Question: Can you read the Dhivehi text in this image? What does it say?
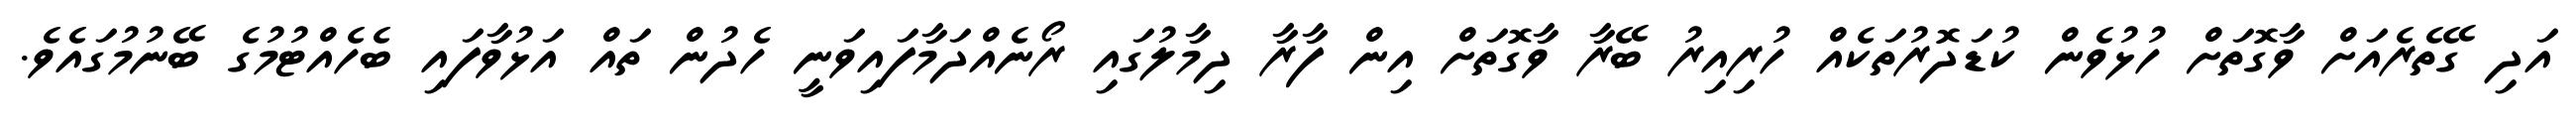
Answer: އަދި ގޭތެރެއަށް ވާގޮތަށް ހުޅުވެން ކުޑަދޮރުތަކެއް ހުރިއިރު ބޭރާ ވާގޮތަށް އިން ފާރާ ދިމާލުގައި ރޯނެއްދަމާފައިވަނީ ހެދުން ތައް އަޅުވާފައި ބެހެއްޓުމުގެ ބޭނުމުގައެވެ.